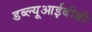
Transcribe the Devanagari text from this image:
डब्ल्यूआईबीबी